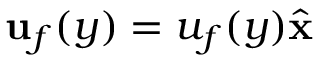
\mathbf { u } _ { f } ( y ) = u _ { f } ( y ) \hat { \mathbf { x } }